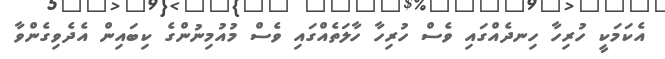
އެކަމަކީ ހުރިހާ ހިނދެއްގައި ވެސް ހުރިހާ ހާލަތެއްގައި ވެސް މުއުމިނުންގެ ކިބައިން އެދެވިގެންވާ